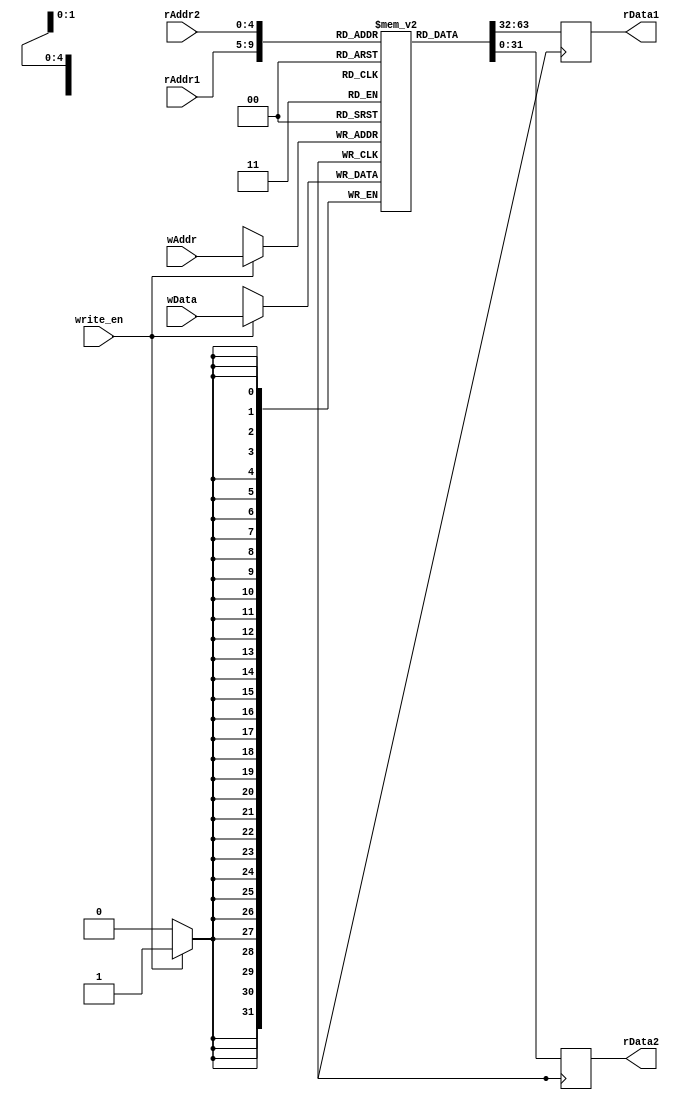
module register_file (
    input wire [4:0] rAddr1, rAddr2, wAddr,
    input wire write_en,
    input wire [31:0] wData,
    output reg [31:0] rData1, rData2
);

reg [31:0] registers [31:0];

always @ (posedge clk) begin
    if (write_en) begin
        registers[wAddr] <= wData;
    end
    rData1 <= registers[rAddr1];
    rData2 <= registers[rAddr2];
end

endmodule